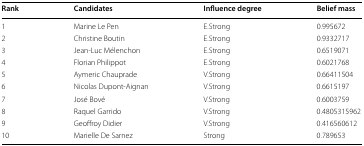
<table><thead><tr><td><b>Rank</b></td><td><b>Candidates</b></td><td><b>Influence degree</b></td><td><b>Belief mass</b></td></tr></thead><tbody><tr><td>1</td><td>Marine Le Pen</td><td>E.Strong</td><td>0.995672</td></tr><tr><td>2</td><td>Christine Boutin</td><td>E.Strong</td><td>0.9332717</td></tr><tr><td>3</td><td>Jean-Luc Mélenchon</td><td>E.Strong</td><td>0.6519071</td></tr><tr><td>4</td><td>Florian Philippot</td><td>E.Strong</td><td>0.6021768</td></tr><tr><td>5</td><td>Aymeric Chauprade</td><td>V.Strong</td><td>0.66411504</td></tr><tr><td>6</td><td>Nicolas Dupont-Aignan</td><td>V.Strong</td><td>0.6615197</td></tr><tr><td>7</td><td>José Bové</td><td>V.Strong</td><td>0.6003759</td></tr><tr><td>8</td><td>Raquel Garrido</td><td>V.Strong</td><td>0.4805315962</td></tr><tr><td>9</td><td>Geoffroy Didier</td><td>V.Strong</td><td>0.416560612</td></tr><tr><td>10</td><td>Marielle De Sarnez</td><td>Strong</td><td>0.789653</td></tr></tbody></table>